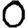
Digit: 0